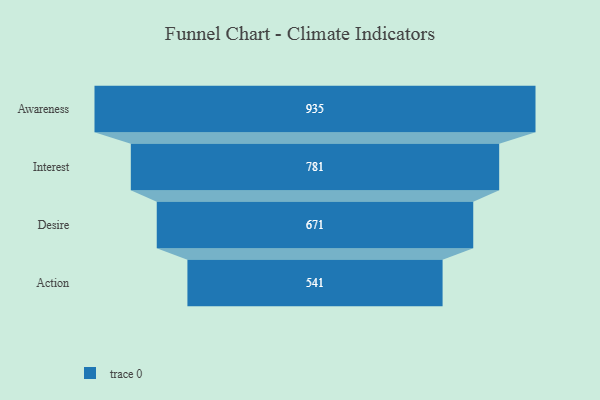
{"axis": {"x": "Stage", "y": "Value"}, "legend": [""], "data": [{"x": "Awareness", "y": 935.0, "type": ""}, {"x": "Interest", "y": 781.0, "type": ""}, {"x": "Desire", "y": 671.0, "type": ""}, {"x": "Action", "y": 541.0, "type": ""}]}